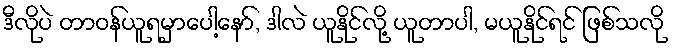
ဒီလိုပဲ တာဝန်ယူရမှာပေါ့နော်, ဒါလဲ ယူနိုင်လို့ ယူတာပါ, မယူနိုင်ရင် ဖြစ်သလို